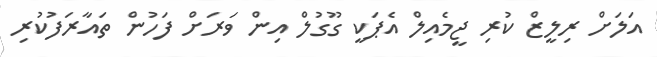
އަލަށް ރިލީޒް ކުރި ޖީމެއިލް އެޕަކީ ގޫގުލް އިން ވަރަށް ފަހުން ތައާރަފުކުރި